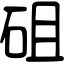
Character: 砠